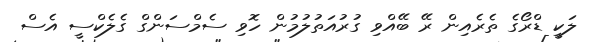
ލަކީ ޑްރޯގެ ތެރެއިން ރޭ ބޭއްވި ގުރުއަތުލުމުން ހޮވި ސެމްސަންގް ގެލެކްސީ އެސް